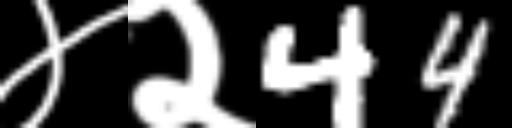
Text: ४२44